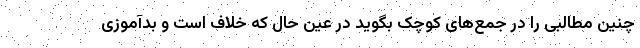
چنین مطالبی را در جمع‌های کوچک بگوید در عین حال که خلاف است و بدآموزی